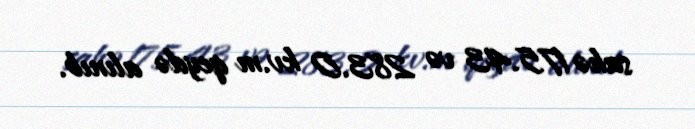
sahə 175.43 və 283.0 kv.m qeydə alınıb.